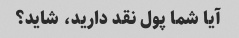
آیا شما پول نقد دارید، شاید؟